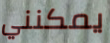
يمكنني